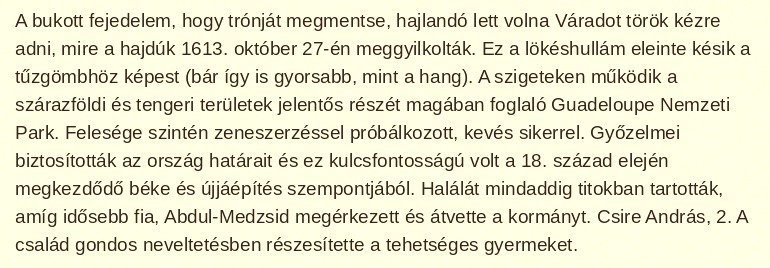
A bukott fejedelem, hogy trónját megmentse, hajlandó lett volna Váradot török kézre adni, mire a hajdúk 1613. október 27-én meggyilkolták. Ez a lökéshullám eleinte késik a tűzgömbhöz képest (bár így is gyorsabb, mint a hang). A szigeteken működik a szárazföldi és tengeri területek jelentős részét magában foglaló Guadeloupe Nemzeti Park. Felesége szintén zeneszerzéssel próbálkozott, kevés sikerrel. Győzelmei biztosították az ország határait és ez kulcsfontosságú volt a 18. század elején megkezdődő béke és újjáépítés szempontjából. Halálát mindaddig titokban tartották, amíg idősebb fia, Abdul-Medzsid megérkezett és átvette a kormányt. Csire András, 2. A család gondos neveltetésben részesítette a tehetséges gyermeket.